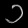
Digit: ၁